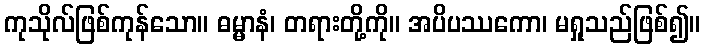
ကုသိုလ်ဖြစ်ကုန်သော။ ဓမ္မာနံ၊ တရားတို့ကို။ အပိပဿကော၊ မရှုသည်ဖြစ်၍။